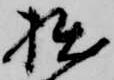
拙